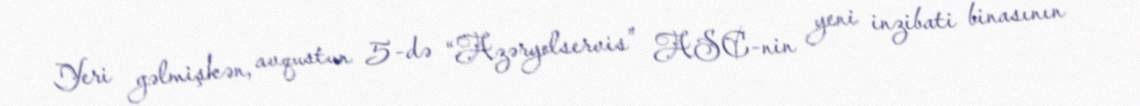
Yeri gəlmişkən, avqustun 5-də “Azəryolservis” ASC-nin yeni inzibati binasının